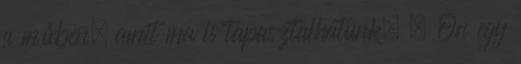
a műben, amit ma is tapasztalhatunk. – Ön egy